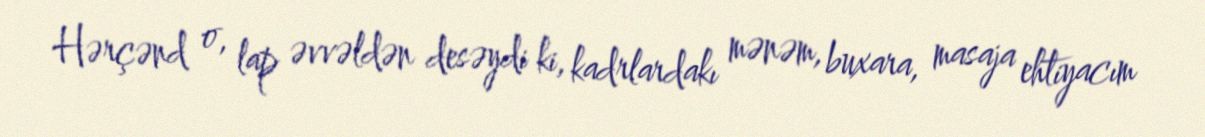
Hərçənd o, lap əvvəldən desəydi ki, kadrlardakı mənəm, buxara, masaja ehtiyacım